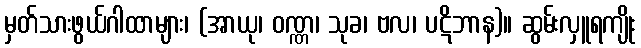
မှတ်သားဖွယ်ဂါထာများ၊ (အာယု၊ ဝဏ္ဏ၊ သုခ၊ ဗလ၊ ပဋိဘာန)။ ဆွမ်းလှူရကျိုး